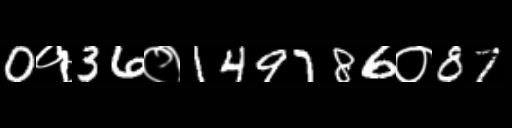
Text: 0१36०149786०87